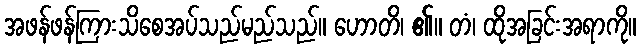
အဖန်ဖန်ကြားသိစေအပ်သည်မည်သည်။ ဟောတိ၊ ၏။ တံ၊ ထိုအခြင်းအရာကို။